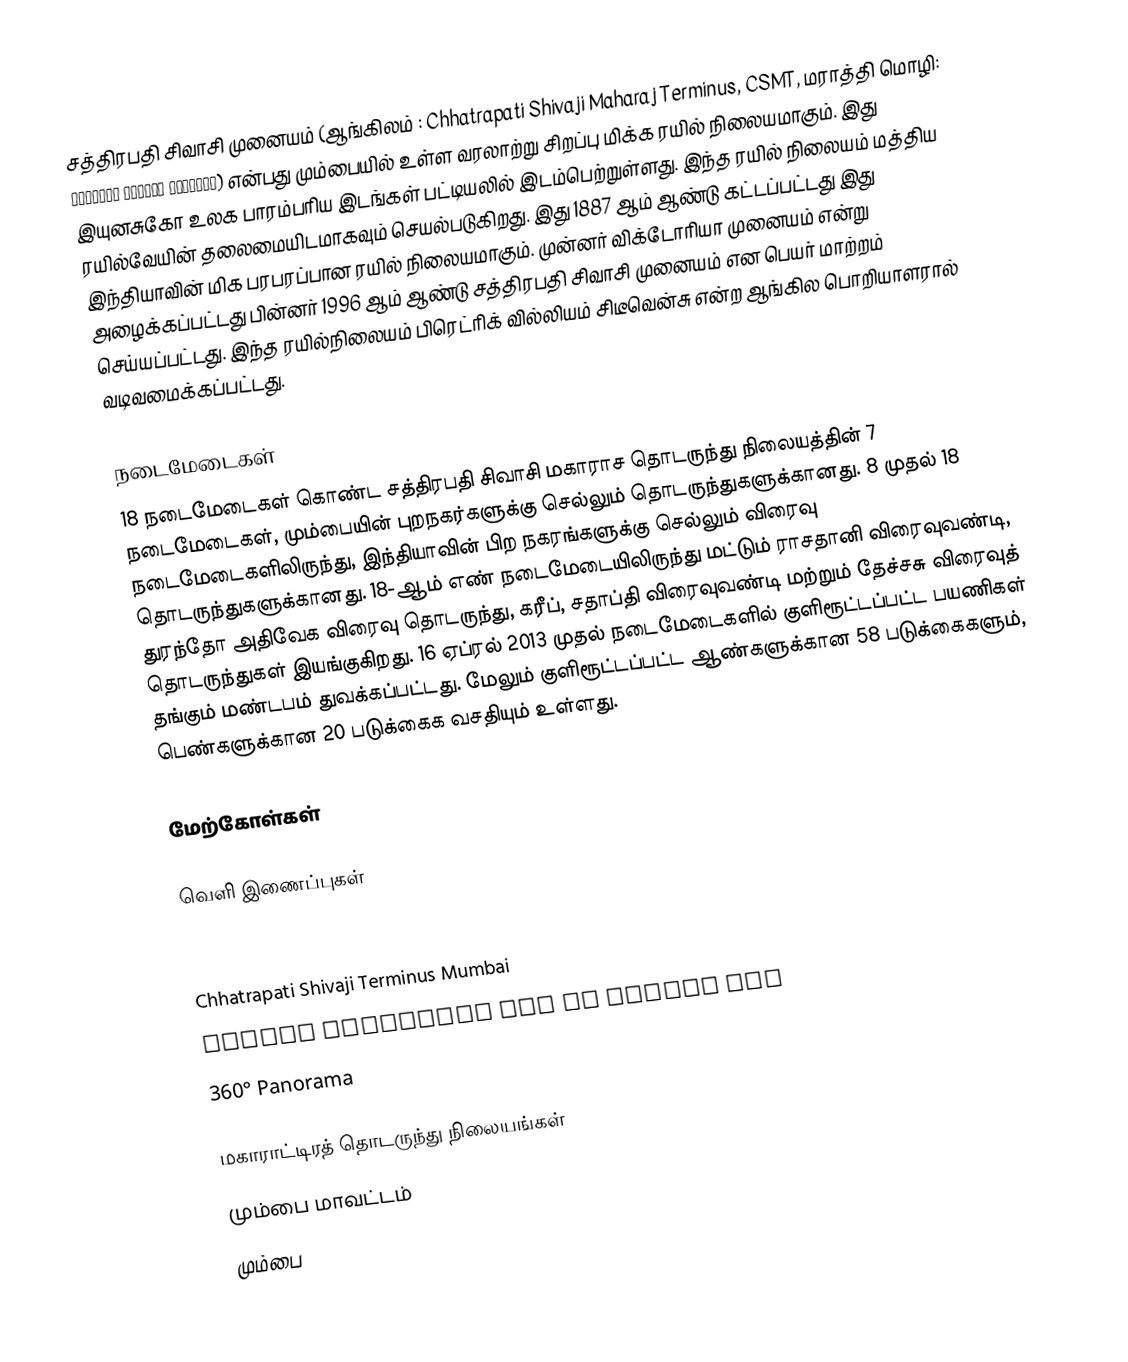
சத்திரபதி சிவாசி முனையம் (ஆங்கிலம் : Chhatrapati Shivaji Maharaj Terminus, CSMT, மராத்தி மொழி: छत्रपती शिवाजी टर्मिनस) என்பது மும்பையில் உள்ள வரலாற்று சிறப்பு மிக்க ரயில் நிலையமாகும். இது இயுனசுகோ உலக பாரம்பரிய இடங்கள் பட்டியலில் இடம்பெற்றுள்ளது.  இந்த ரயில்  நிலையம் மத்திய ரயில்வேயின் தலைமையிடமாகவும் செயல்படுகிறது. இது 1887 ஆம் ஆண்டு கட்டப்பட்டது இது இந்தியாவின் மிக பரபரப்பான ரயில் நிலையமாகும். முன்னர் விக்டோரியா முனையம் என்று அழைக்கப்பட்டது பின்னர் 1996 ஆம் ஆண்டு சத்திரபதி சிவாசி முனையம் என பெயர் மாற்றம் செய்யப்பட்டது. இந்த ரயில்நிலையம் பிரெட்ரிக் வில்லியம் சிடீவென்சு என்ற ஆங்கில பொறியாளரால் வடிவமைக்கப்பட்டது.

நடைமேடைகள்
18 நடைமேடைகள் கொண்ட சத்திரபதி சிவாசி மகாராச தொடருந்து நிலையத்தின் 7 நடைமேடைகள், மும்பையின் புறநகர்களுக்கு செல்லும் தொடருந்துகளுக்கானது. 8 முதல் 18 நடைமேடைகளிலிருந்து, இந்தியாவின் பிற நகரங்களுக்கு செல்லும் விரைவு தொடருந்துகளுக்கானது. 18-ஆம் எண் நடைமேடையிலிருந்து மட்டும் ராசதானி விரைவுவண்டி, துரந்தோ அதிவேக விரைவு தொடருந்து, கரீப், சதாப்தி விரைவுவண்டி மற்றும் தேச்சசு விரைவுத் தொடருந்துகள் இயங்குகிறது. 16 ஏப்ரல் 2013 முதல் நடைமேடைகளில் குளிரூட்டப்பட்ட பயணிகள் தங்கும் மண்டபம் துவக்கப்பட்டது. மேலும் குளிரூட்டப்பட்ட ஆண்களுக்கான 58 படுக்கைகளும், பெண்களுக்கான 20 படுக்கைக வசதியும் உள்ளது.

மேற்கோள்கள்

வெளி இணைப்புகள்

 Chhatrapati Shivaji Terminus on the UNESCO website
 Chhatrapati Shivaji Terminus Mumbai
 Google Satellite Map of Mumbai CST
 360° Panorama

மகாராட்டிரத் தொடருந்து நிலையங்கள்
மும்பை மாவட்டம்
மும்பை